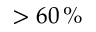
> 6 0 \, \%